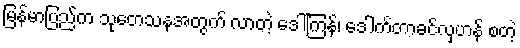
မြန်မာပြည်က သုတေသနအတွက် လာတဲ့ ဒေါ်ကြန်၊ ဒေါက်တာခင်လှဟန် စတဲ့